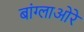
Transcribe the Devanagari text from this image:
बांग्लाओरे